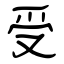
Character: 受